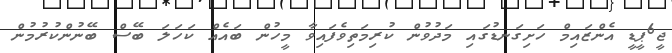
ޖީ6ޕީޑީ އެންޒައިމް ހަށިގަނޑުގައި މަދުވުން ކުރިމަތިވެފައިވާ މީހުން ބައެއް ކަހަލަ ބޭސް ބޭނުންކުރުމުން